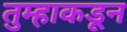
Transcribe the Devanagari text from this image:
तुम्हाकडून